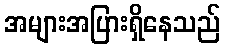
အများအပြားရှိနေသည်